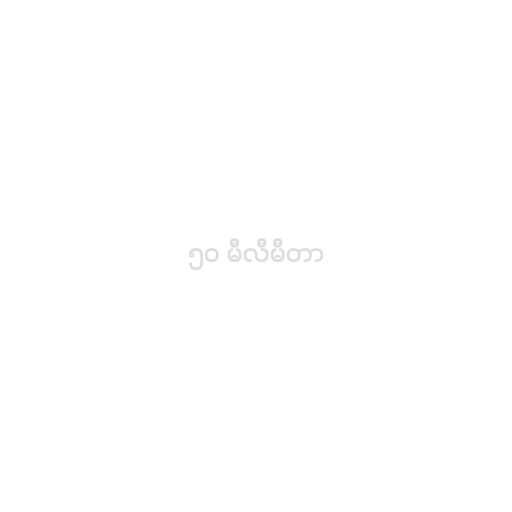
၅၀ မီလီမီတာ